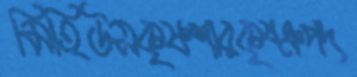
মিহিউসকৃষ্ণশারকৃষ্ঞপদ